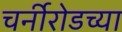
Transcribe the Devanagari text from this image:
चर्नीरोडच्या